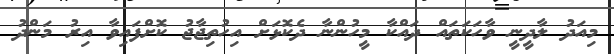
މިއަދު ލާދީނީ ވާހަކަތައް ދައްކާ މީހުންނާ ދެކޮޅަށް އިހުތިޖާޖު ކޮށްފައިވާ އިރު މަންދު